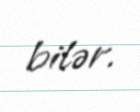
bilər.